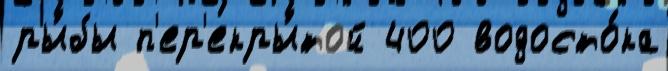
ры́бы п'ер'екры́той 400 водосто́ка